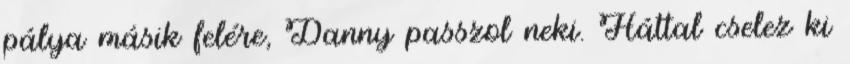
pálya másik felére, Danny passzol neki. Háttal cselez ki